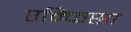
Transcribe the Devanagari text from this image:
एम्फिसा